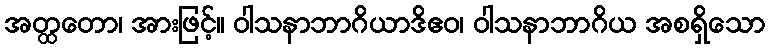
အတ္ထတော၊ အားဖြင့်။ ဝါသနာဘာဂိယာဒိဧဝ၊ ဝါသနာဘာဂိယ အစရှိသော